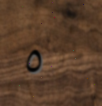
٥